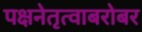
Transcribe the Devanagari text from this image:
पक्षनेतृत्वाबरोबर